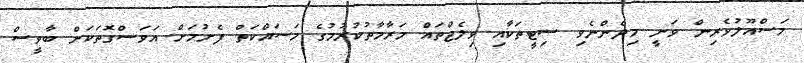
މަސްއޫލުވެރިން ވަނީ މިދެންނެވި ސިޓީތަކާއި ވިލެޖްތައް މަރާމާތުކުރުމުގެ މަސައްކަތް ފެށުމަށް އަވަސްގޮތަކަށް ބާވީސް